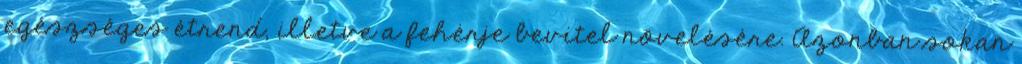
egészséges étrend, illetve a fehérje bevitel növelésére. Azonban sokan